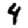
Digit: 4